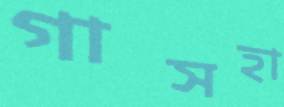
গাসহা